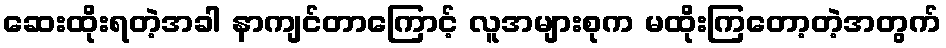
ဆေးထိုးရတဲ့အခါ နာကျင်တာကြောင့် လူအများစုက မထိုးကြတော့တဲ့အတွက်